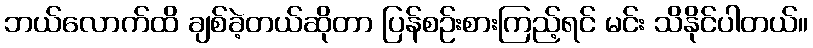
ဘယ်လောက်ထိ ချစ်ခဲ့တယ်ဆိုတာ ပြန်စဉ်းစားကြည့်ရင် မင်း သိနိုင်ပါတယ်။